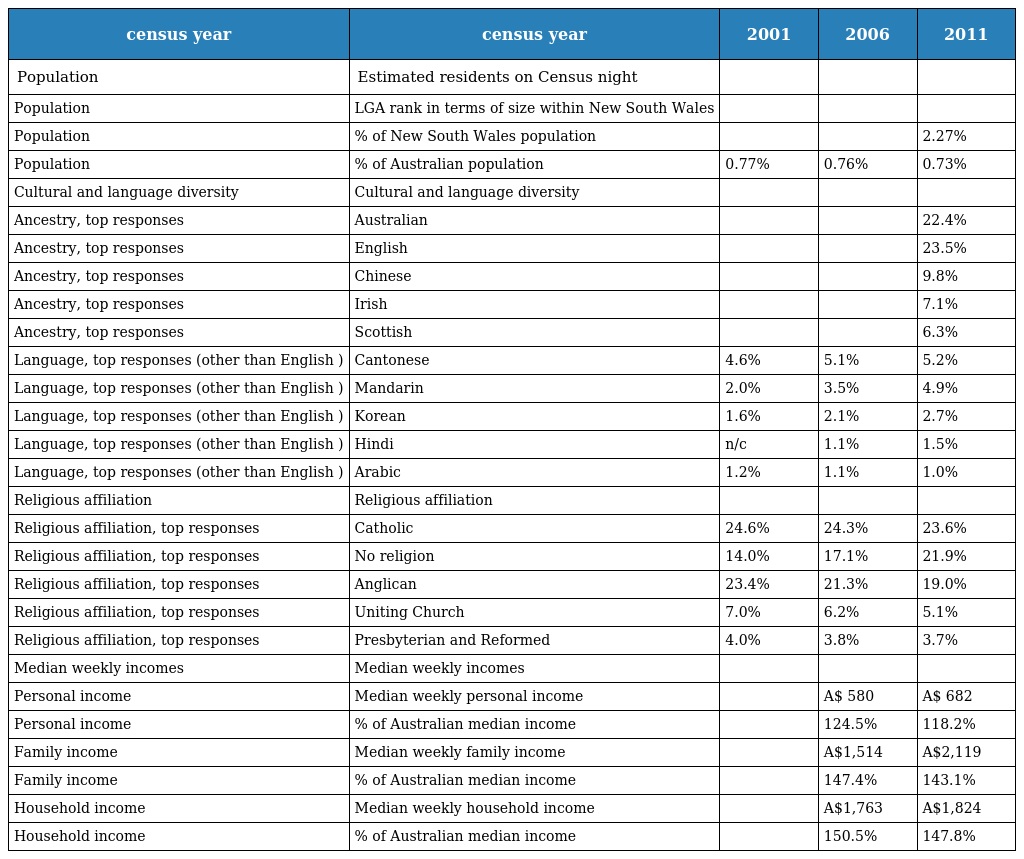
| census year | census year | 2001 | 2006 | 2011 |
 | --- | --- | --- | --- | --- |
 | Population | Estimated residents on Census night |  |  |  |
 | Population | LGA rank in terms of size within New South Wales |  |  |  |
 | Population | % of New South Wales population |  |  | 2.27% |
 | Population | % of Australian population | 0.77% | 0.76% | 0.73% |
 | Cultural and language diversity | Cultural and language diversity |  |  |  |
 | Ancestry, top responses | Australian |  |  | 22.4% |
 | Ancestry, top responses | English |  |  | 23.5% |
 | Ancestry, top responses | Chinese |  |  | 9.8% |
 | Ancestry, top responses | Irish |  |  | 7.1% |
 | Ancestry, top responses | Scottish |  |  | 6.3% |
 | Language, top responses (other than English ) | Cantonese | 4.6% | 5.1% | 5.2% |
 | Language, top responses (other than English ) | Mandarin | 2.0% | 3.5% | 4.9% |
 | Language, top responses (other than English ) | Korean | 1.6% | 2.1% | 2.7% |
 | Language, top responses (other than English ) | Hindi | n/c | 1.1% | 1.5% |
 | Language, top responses (other than English ) | Arabic | 1.2% | 1.1% | 1.0% |
 | Religious affiliation | Religious affiliation |  |  |  |
 | Religious affiliation, top responses | Catholic | 24.6% | 24.3% | 23.6% |
 | Religious affiliation, top responses | No religion | 14.0% | 17.1% | 21.9% |
 | Religious affiliation, top responses | Anglican | 23.4% | 21.3% | 19.0% |
 | Religious affiliation, top responses | Uniting Church | 7.0% | 6.2% | 5.1% |
 | Religious affiliation, top responses | Presbyterian and Reformed | 4.0% | 3.8% | 3.7% |
 | Median weekly incomes | Median weekly incomes |  |  |  |
 | Personal income | Median weekly personal income |  | A$ 580 | A$ 682 |
 | Personal income | % of Australian median income |  | 124.5% | 118.2% |
 | Family income | Median weekly family income |  | A$1,514 | A$2,119 |
 | Family income | % of Australian median income |  | 147.4% | 143.1% |
 | Household income | Median weekly household income |  | A$1,763 | A$1,824 |
 | Household income | % of Australian median income |  | 150.5% | 147.8% |